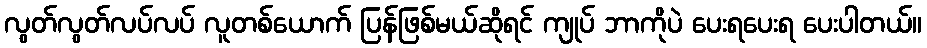
လွတ်လွတ်လပ်လပ် လူတစ်ယောက် ပြန်ဖြစ်မယ်ဆိုရင် ကျုပ် ဘာကိုပဲ ပေးရပေးရ ပေးပါတယ်။